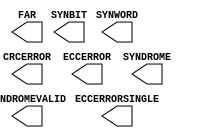
///////////////////////////////////////////////////////
//  Copyright (c) 1995/2015 Xilinx, Inc.
//  All Right Reserved.
///////////////////////////////////////////////////////
//
//   ____   ___
//  /   /\/   / 
// /___/  \  /     Vendor      : Xilinx 
// \  \    \/      Version     : 2015.4
//  \  \           Description : Xilinx Formal Library Component
//  /  /                      
// /__/   /\       Filename    : FRAME_ECCE2.v
// \  \  /  \ 
//  \__\/\__ \                    
//                                 
///////////////////////////////////////////////////////
//  Revision:    1.0
///////////////////////////////////////////////////////

`timescale 1 ps / 1 ps 

`celldefine

module FRAME_ECCE2 (
  CRCERROR,
  ECCERROR,
  ECCERRORSINGLE,
  FAR,
  SYNBIT,
  SYNDROME,
  SYNDROMEVALID,
  SYNWORD
);



  parameter FARSRC = "EFAR";
  parameter FRAME_RBT_IN_FILENAME = "NONE";

`ifdef XIL_TIMING

  parameter LOC = "UNPLACED";

`endif

  output CRCERROR;
  output ECCERROR;
  output ECCERRORSINGLE;
  output SYNDROMEVALID;
  output [12:0] SYNDROME;
  output [25:0] FAR;
  output [4:0] SYNBIT;
  output [6:0] SYNWORD;

  
endmodule

`endcelldefine